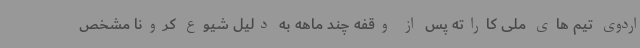
اردوی تیم های ملی کاراته پس از وقفه چند ماهه به دلیل شیوع کرونا مشخص